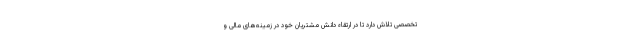
تخصصی تلاش دارد تا در ارتقاء دانش مشتریان خود در زمینه‌های مالی و